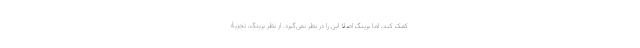
کمک کند، اما برینگ اصلاً این را در نظر نمی‌گیرد. از نظر برینگ، تجزیۀ